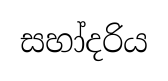
සහා්දරිය